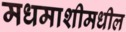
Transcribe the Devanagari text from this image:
मधमाशीमधील